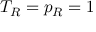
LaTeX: T _ { R } = p _ { R } = 1